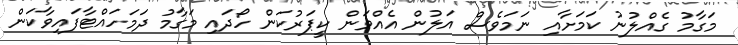
މަގާމު ގެއްލުނު ކަމަށާއި ނަމަވެސް އަލުން އެއްވަން ކީޕަރުކަން ހޯދައި މަގާމު ދަމަހައްޓާފައިވާކަން